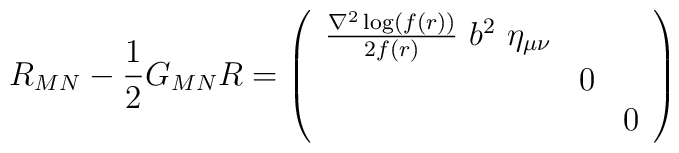
R_{MN}-\frac{1}{2}G_{MN}R=\left(\begin{array}{ccc}\frac{\nabla^{2}\log(f(r))}{2f(r)}~b^2~\eta_{\mu \nu}&~&~\\~&0&~\\~&~&0\end{array}\right)